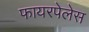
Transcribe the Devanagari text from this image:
फायरपेलेस